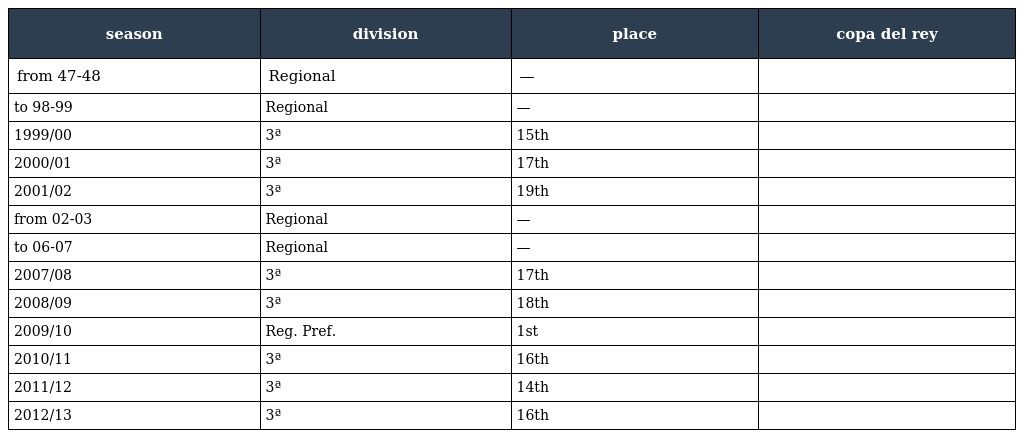
| season | division | place | copa del rey |
 | --- | --- | --- | --- |
 | from 47-48 | Regional | — |  |
 | to 98-99 | Regional | — |  |
 | 1999/00 | 3ª | 15th |  |
 | 2000/01 | 3ª | 17th |  |
 | 2001/02 | 3ª | 19th |  |
 | from 02-03 | Regional | — |  |
 | to 06-07 | Regional | — |  |
 | 2007/08 | 3ª | 17th |  |
 | 2008/09 | 3ª | 18th |  |
 | 2009/10 | Reg. Pref. | 1st |  |
 | 2010/11 | 3ª | 16th |  |
 | 2011/12 | 3ª | 14th |  |
 | 2012/13 | 3ª | 16th |  |